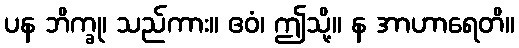
ပန ဘိက္ခု၊ သည်ကား။ ဧဝံ၊ ဤသို့။ န အာဟာရေတိ။